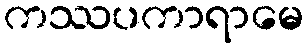
ကဿပကာရာမေ